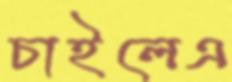
চাইলেএ